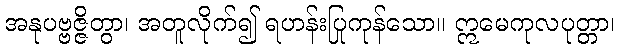
အနုပဗ္ဗဇ္ဇိတွာ၊ အတူလိုက်၍ ရဟန်းပြုကုန်သော။ ဣမေကုလပုတ္တာ၊